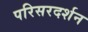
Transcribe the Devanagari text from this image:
परिसरदर्शन